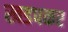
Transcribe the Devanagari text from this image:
खडपकर